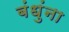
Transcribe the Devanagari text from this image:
बंधुंना